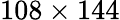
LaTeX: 108\times 144